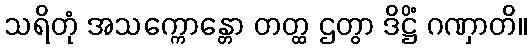
သရိတုံ အသက္ကောန္တော တတ္ထ ဌတွာ ဒိဋ္ဌိံ ဂဏှာတိ။